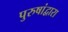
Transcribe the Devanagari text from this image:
पुरुषांद्वारा